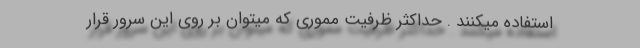
استفاده میکنند . حداکثر ظرفیت مموری که میتوان بر روی این سرور قرار